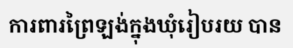
ការពារព្រៃឡង់ក្នុងឃុំរៀបរយ បាន